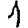
Digit: 1